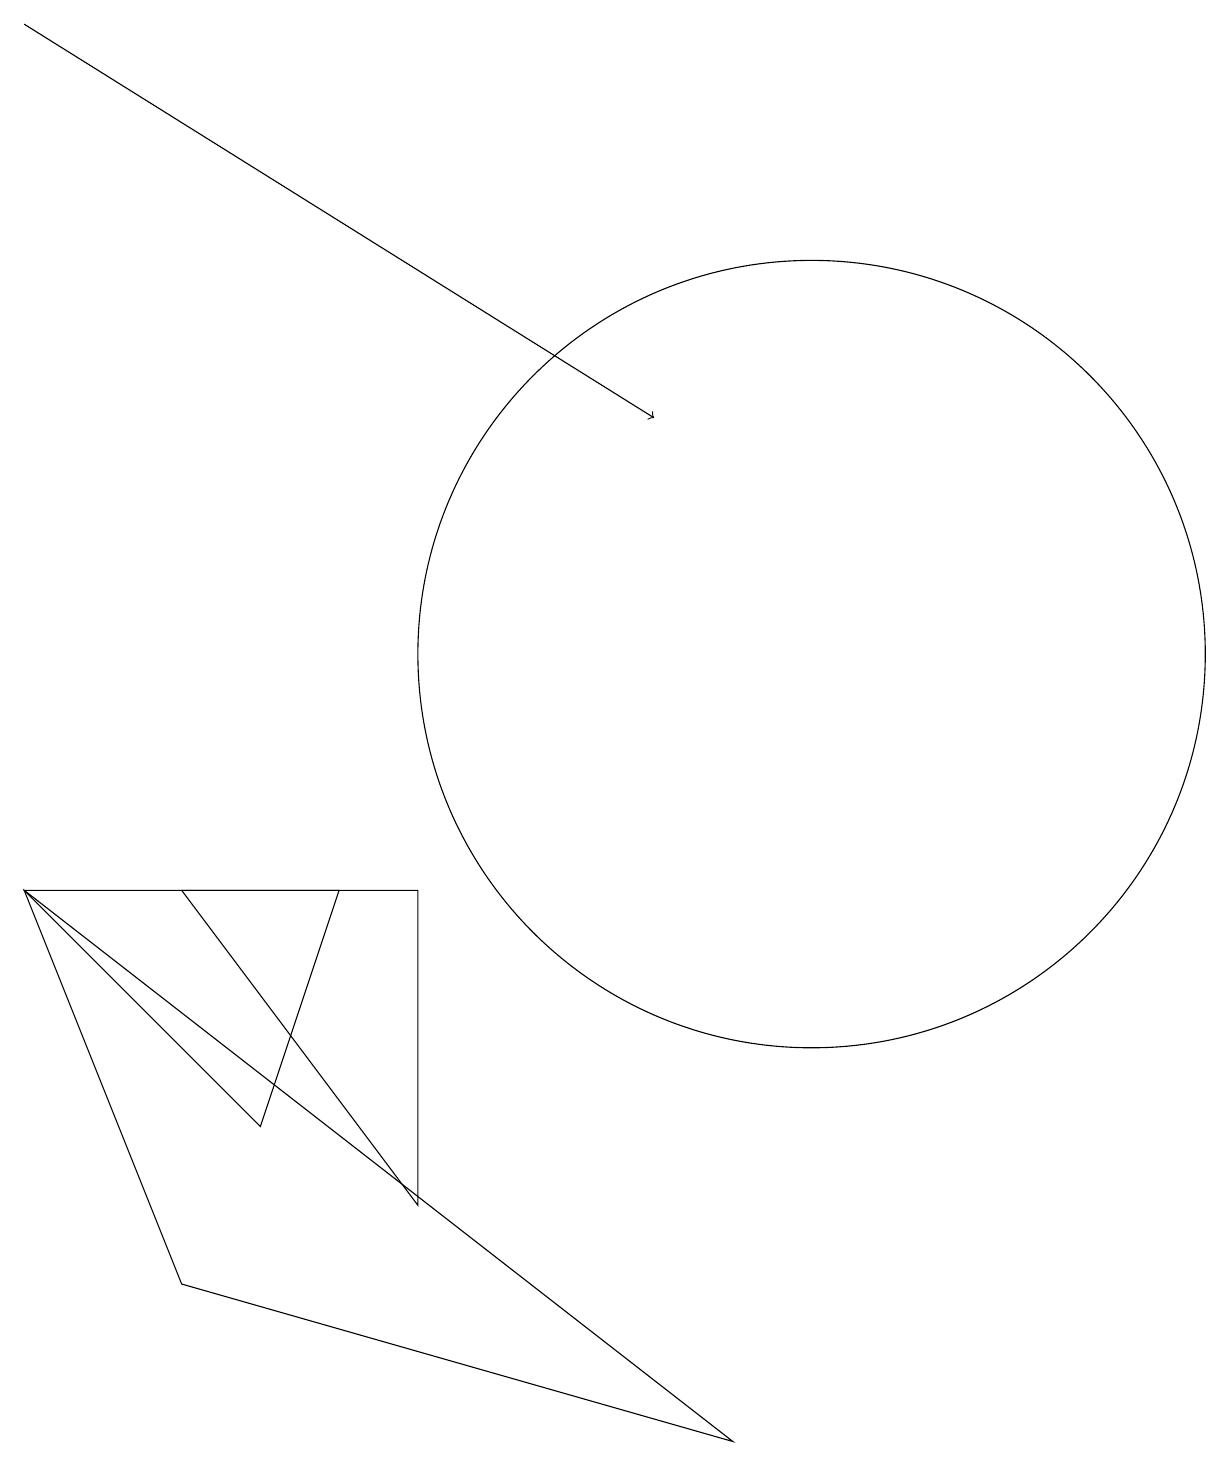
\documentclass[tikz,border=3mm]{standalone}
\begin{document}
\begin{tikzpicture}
\draw (0,7) -- (4,7) -- (3,4) -- cycle;
\draw (9,0) -- (2,2) -- (0,7) -- cycle;
\draw (10,10) circle (5);
\draw[->] (0,18) -- (8,13);
\draw (5,3) -- (5,7) -- (2,7) -- cycle;
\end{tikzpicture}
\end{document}